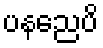
ပနညေပိ